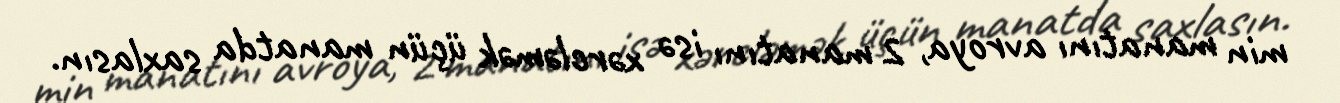
min manatını avroya, 2 manatını isə xərcləmək üçün manatda saxlasın.